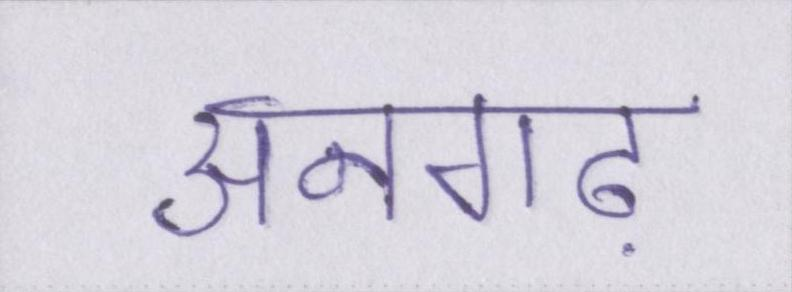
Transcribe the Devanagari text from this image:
अनगढ़